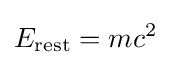
E_{\textrm {rest}}=mc^{2}